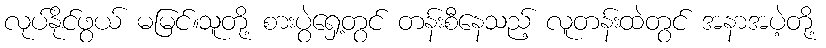
လုပ်နိုင်ဖွယ် မမြင်။သူတို့ စားပွဲရှေ့တွင် တန်းစီနေသည့် လူတန်းထဲတွင် အနာအပဲ့တို့